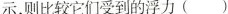
示，则比较它们受到的浮力()